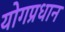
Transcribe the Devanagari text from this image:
योगप्रधान